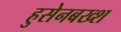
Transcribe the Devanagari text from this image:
हुसेनबख्श